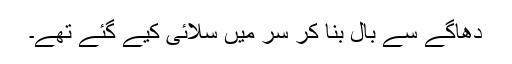
دھاگے سے بال بنا کر سر میں سلائی کیے گئے تھے۔